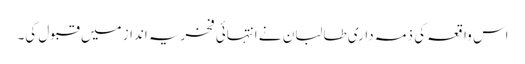
اس واقعہ کی ذمہ داری طالبان نے انتہائی فخریہ انداز میں قبول کی۔